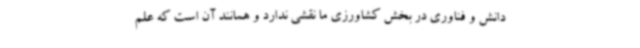
دانش و فناوری در بخش کشاورزی ما نقشی ندارد و همانند آن است که علم